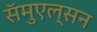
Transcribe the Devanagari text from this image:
सॅमुएल्सन